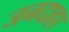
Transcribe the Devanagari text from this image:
जनदाहा